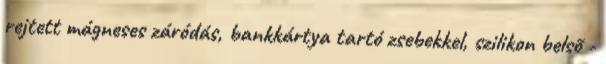
rejtett mágneses záródás, bankkártya tartó zsebekkel, szilikon belsõ -